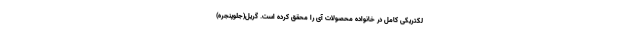
لکتریکی کامل در خانواده محصولات آی را محقق کرده است. گریل(جلوپنجره)